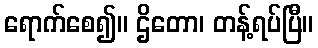
ရောက်စေ၍။ ဌိတော၊ တန့်ရပ်ပြီ။